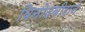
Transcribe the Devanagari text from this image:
विनोदवीराने